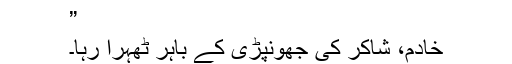
”
خادم، شاکر کی جھونپڑی کے باہر ٹھہرا رہا۔